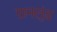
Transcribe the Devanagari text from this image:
ग्रानलुंड